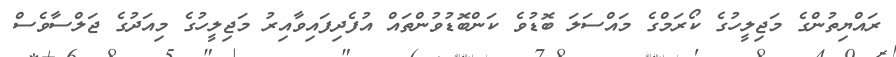
ރައްޔިތުންގެ މަޖިލީހުގެ ކޯރަމްގެ މައްސަލަ ބޮޑުވެ ކަންބޮޑުވުންތައް އުފެދިފައިވާއިރު މަޖިލީހުގެ މިއަދުގެ ޖަލްސާވެސް